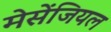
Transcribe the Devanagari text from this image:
मेसेंजियल